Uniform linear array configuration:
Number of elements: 64
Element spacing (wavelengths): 1
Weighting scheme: hamming
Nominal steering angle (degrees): -30
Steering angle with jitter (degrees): -29.064
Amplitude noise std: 0.05
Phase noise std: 0.05

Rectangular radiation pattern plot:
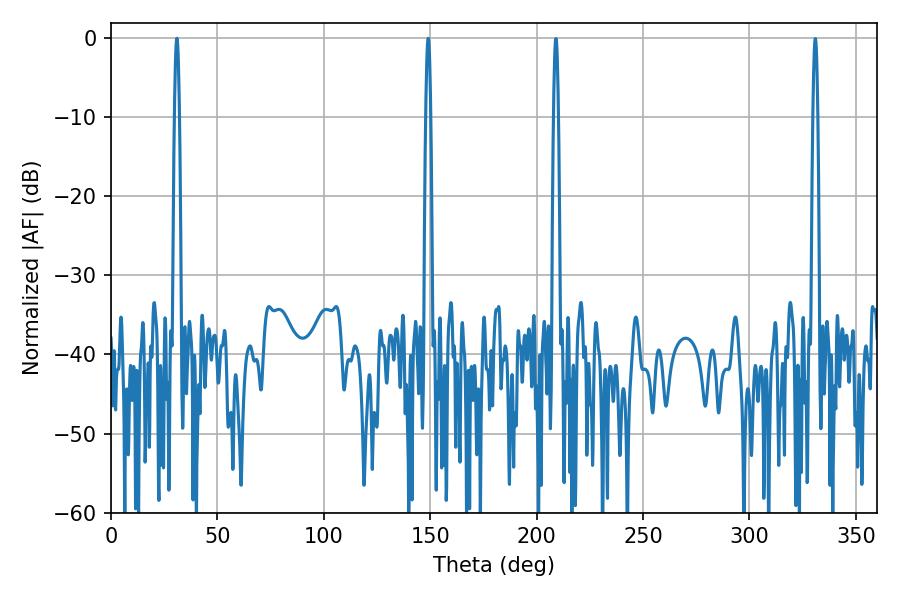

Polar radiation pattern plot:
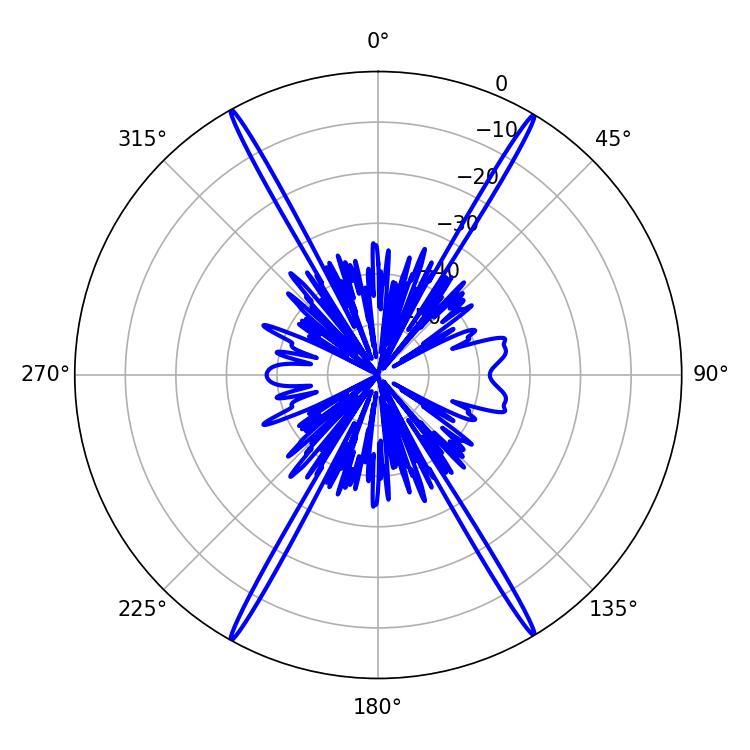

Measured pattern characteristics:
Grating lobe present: TRUE
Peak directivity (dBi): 29.931
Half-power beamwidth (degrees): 1.08
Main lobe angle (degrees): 30.96